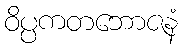
ဝိပ္ပကတဘောဇနံ